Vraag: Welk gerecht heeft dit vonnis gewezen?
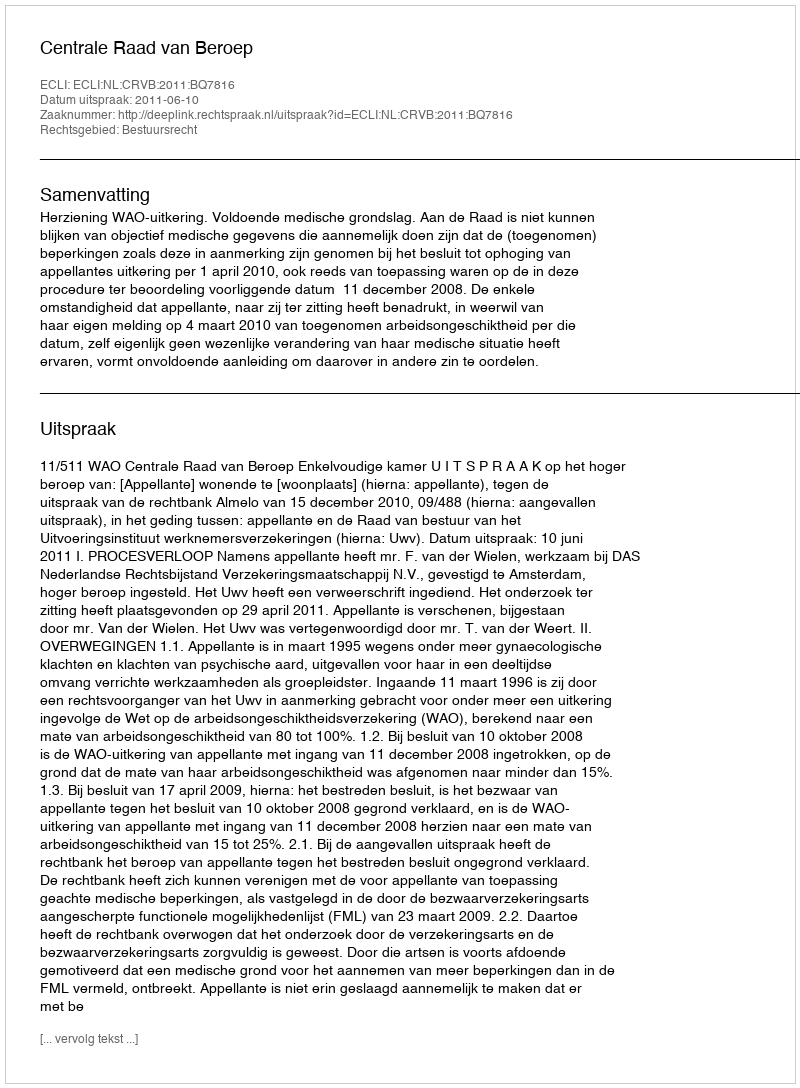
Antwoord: Centrale Raad van Beroep